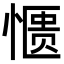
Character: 𫺹